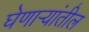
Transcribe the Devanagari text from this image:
घेणार्‍यांतील